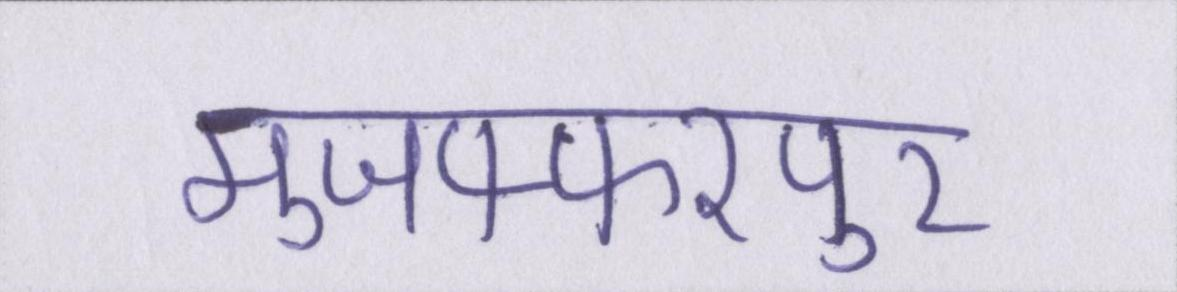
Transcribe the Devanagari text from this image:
मुजफ्फरपुर